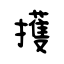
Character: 擭